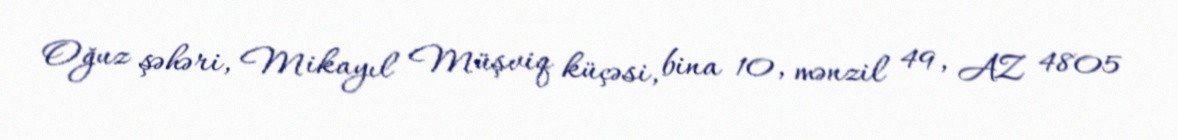
Oğuz şəhəri, Mikayıl Müşviq küçəsi, bina 10, mənzil 49, AZ 4805